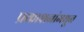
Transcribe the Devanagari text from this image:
प्रकाशनांमधून